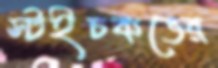
স্টইচকভের